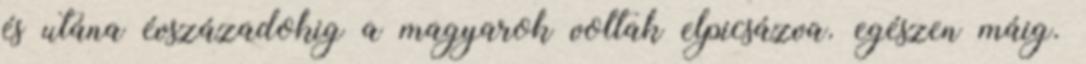
és utána évszázadokig a magyarok voltak elpicsázva. egészen máig.